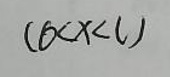
$( b < x < l )$